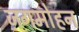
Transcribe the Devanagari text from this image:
ज़गमोहन